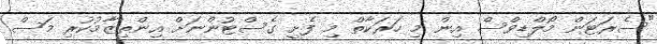
"ސެރަޓަން މޯލްޑިވްސް އިން މި ހަރަކާތް މި ފެށީ ގެސްޓުންނަށް އިންތިޒާމުކުރި މަސް